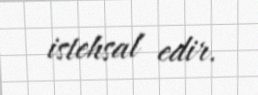
istehsal edir.